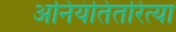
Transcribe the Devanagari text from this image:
अनियंतितरित्या